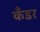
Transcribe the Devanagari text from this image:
कँडर